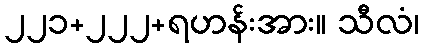
၂၂၁+၂၂၂+ရဟန်းအား။ သီလံ၊